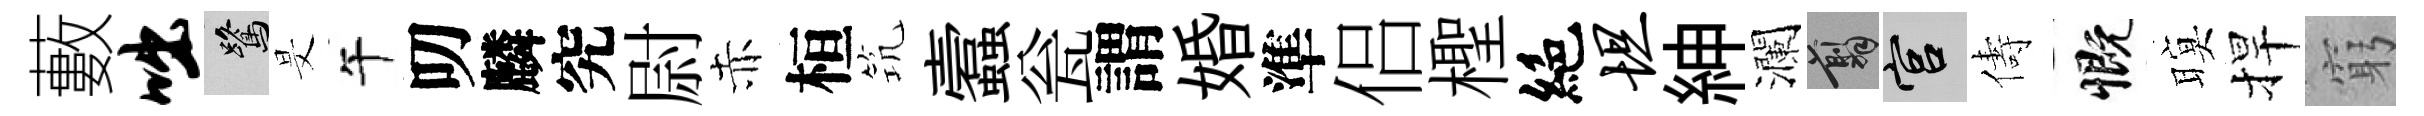
藪咄鷺旻午叨麟究尉赤桓𥬑蠧瓮謂婚準侣檉絶坦紳瀾翦宫儔慨暝捍窮